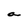
Character: a